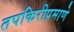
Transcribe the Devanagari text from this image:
तपकिरीप्रमाणे